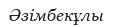
Әзімбекұлы